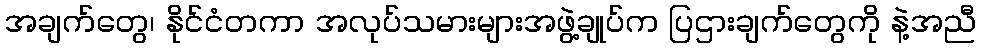
အချက်တွေ၊ နိုင်ငံတကာ အလုပ်သမားများအဖွဲ့ချုပ်က ပြဌားချက်တွေကို နဲ့အညီ